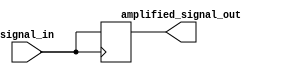
module IO_Block_TTL_buffer (
    input wire signal_in,
    output reg amplified_signal_out
);

// Input buffer amplifies incoming signals
always @ (posedge signal_in)
begin
    amplified_signal_out <= signal_in;
end

endmodule